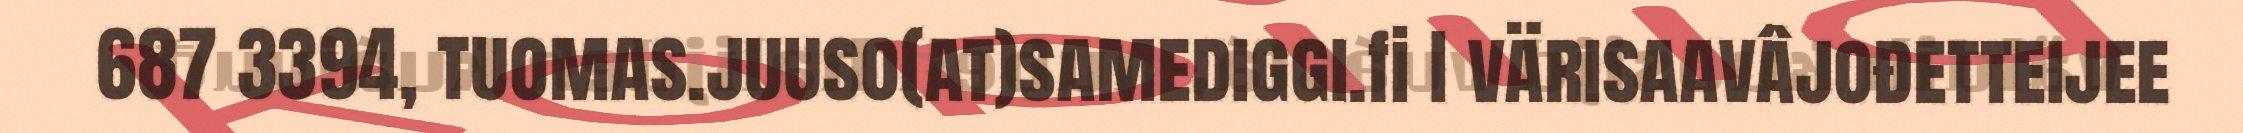
687 3394, tuomas.juuso(at)samediggi.fi I värisaavâjođetteijee